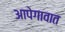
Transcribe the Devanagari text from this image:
आपेगावात